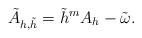
LaTeX: \begin{align*} \tilde A_{h,\tilde h} = \tilde h^m A_h-\tilde\omega. \end{align*}